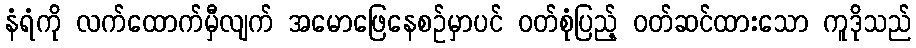
နံရံကို လက်ထောက်မှီလျက် အမောဖြေနေစဉ်မှာပင် ဝတ်စုံပြည့် ဝတ်ဆင်ထားသော ကူဒိုသည်